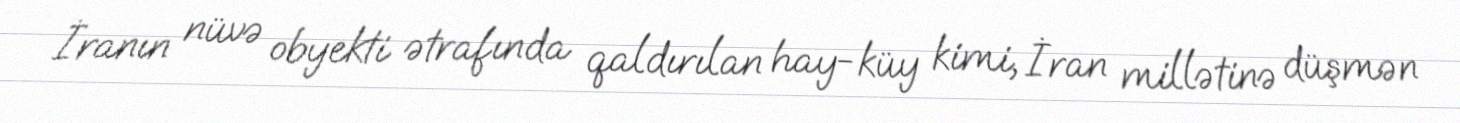
İranın nüvə obyekti ətrafında qaldırılan hay-küy kimi, İran millətinə düşmən